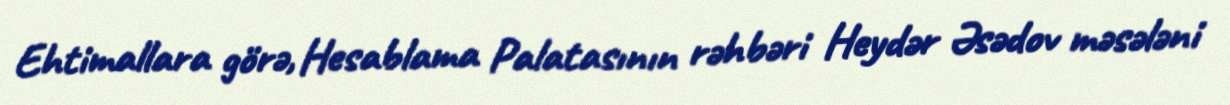
Ehtimallara görə, Hesablama Palatasının rəhbəri Heydər Əsədov məsələni